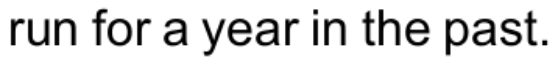
run for a year in the past.